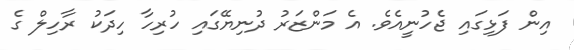
އިން ފަޅިގައި ޖެހުނީއެވެ. އެ މަންޒަރު ދުނިޔޭގައި ހުރިހާ ހިދަކު ރާހިލް ގެ